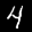
Label: 4